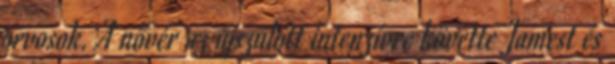
orvosok. A nővér az újszülött intenzívre követte Jamest és